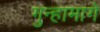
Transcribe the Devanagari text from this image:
गुन्हामागे